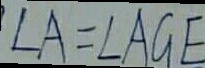
\angle A = \angle A G E